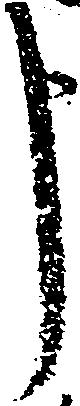
申